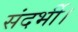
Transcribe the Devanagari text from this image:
संदर्भी।